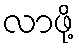
လာဖို့